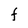
Character: F